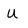
Character: U